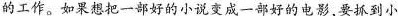
的工作。如果想把一部好的小说变成一部好的电影要抓到小